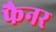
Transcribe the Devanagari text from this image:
फैनर